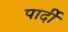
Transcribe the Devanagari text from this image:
पार्दी